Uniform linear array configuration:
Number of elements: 8
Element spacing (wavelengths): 0.75
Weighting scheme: kaiser
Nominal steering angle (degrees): -30
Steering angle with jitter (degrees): -31.43
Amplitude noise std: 0.05
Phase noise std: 0.05

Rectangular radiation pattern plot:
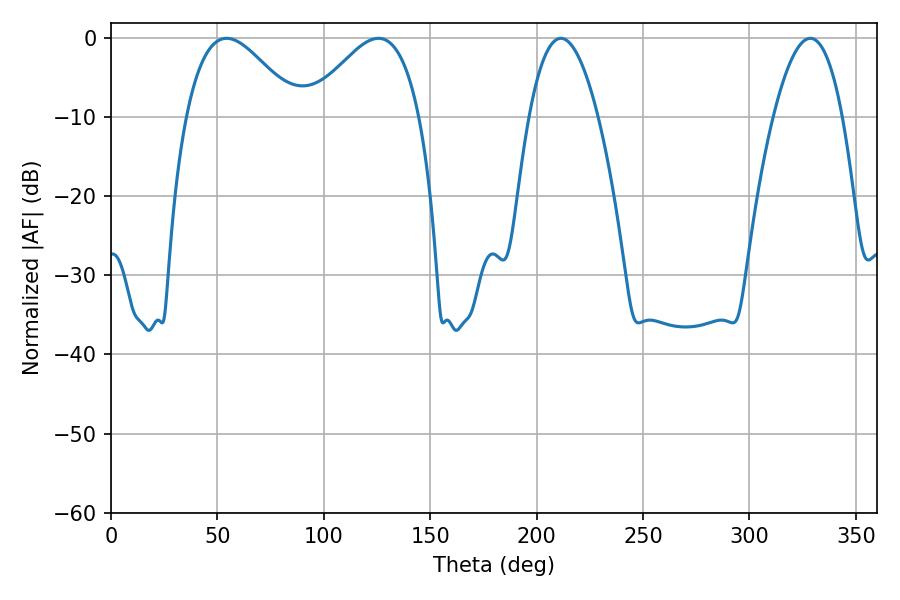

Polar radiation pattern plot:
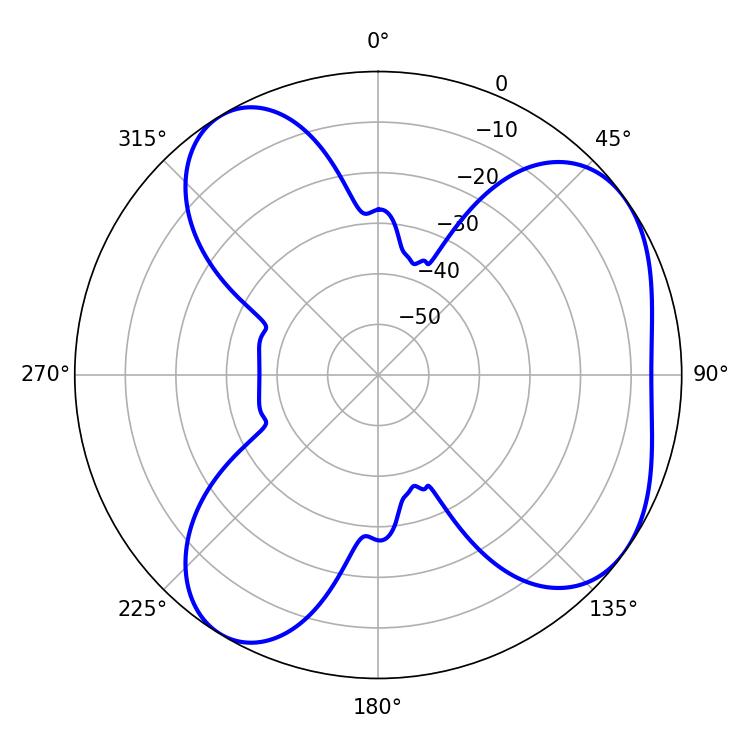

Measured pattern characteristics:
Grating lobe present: TRUE
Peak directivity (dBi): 5.503
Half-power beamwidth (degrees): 28.26
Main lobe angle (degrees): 54.36